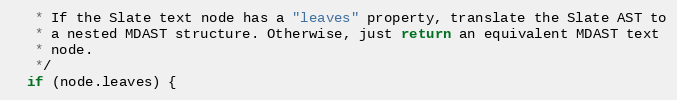
Language: JavaScript
   * If the Slate text node has a "leaves" property, translate the Slate AST to
   * a nested MDAST structure. Otherwise, just return an equivalent MDAST text
   * node.
   */
  if (node.leaves) {